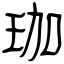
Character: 珈